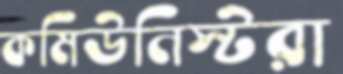
কমিউনিস্টরা